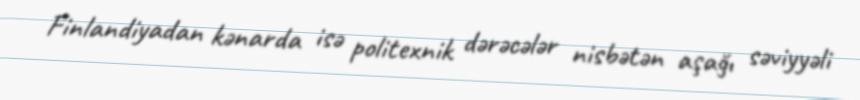
Finlandiyadan kənarda isə politexnik dərəcələr nisbətən aşağı səviyyəli